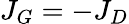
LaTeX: J_{G}=-J_{D}